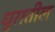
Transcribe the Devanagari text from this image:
धुरातील